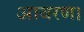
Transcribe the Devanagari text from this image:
आवरण।